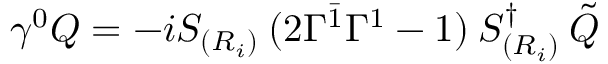
\gamma ^ { 0 } Q = - i { \cal S } _ { ( R _ { i } ) } \: ( 2 \Gamma ^ { \bar { 1 } } \Gamma ^ { 1 } - 1 ) \: { \cal S } _ { ( R _ { i } ) } ^ { \dagger } \: \tilde { Q }